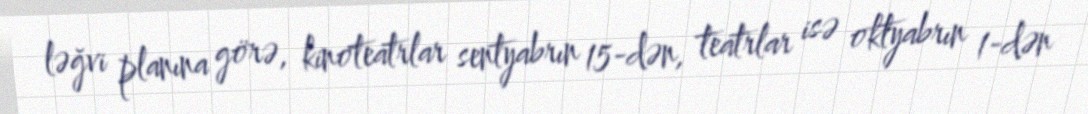
ləğvi planına görə, kinoteatrlar sentyabrın 15-dən, teatrlar isə oktyabrın 1-dən